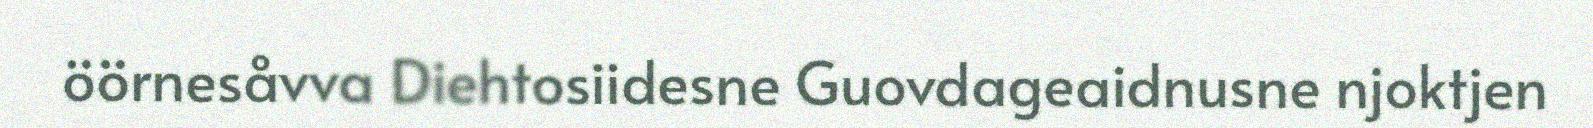
öörnesåvva Diehtosiidesne Guovdageaidnusne njoktjen